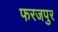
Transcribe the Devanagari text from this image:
फरजपुर